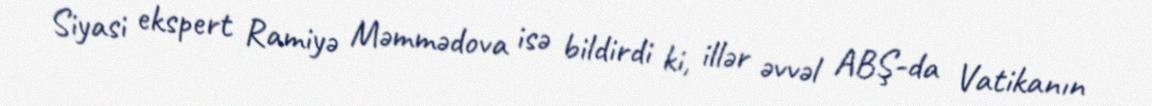
Siyasi ekspert Ramiyə Məmmədova isə bildirdi ki, illər əvvəl ABŞ-da Vatikanın